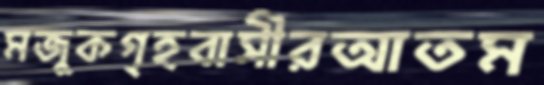
মজুকগৃহবাসীরআতম